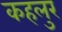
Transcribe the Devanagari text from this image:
कहलुर